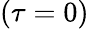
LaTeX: (\tau=0)